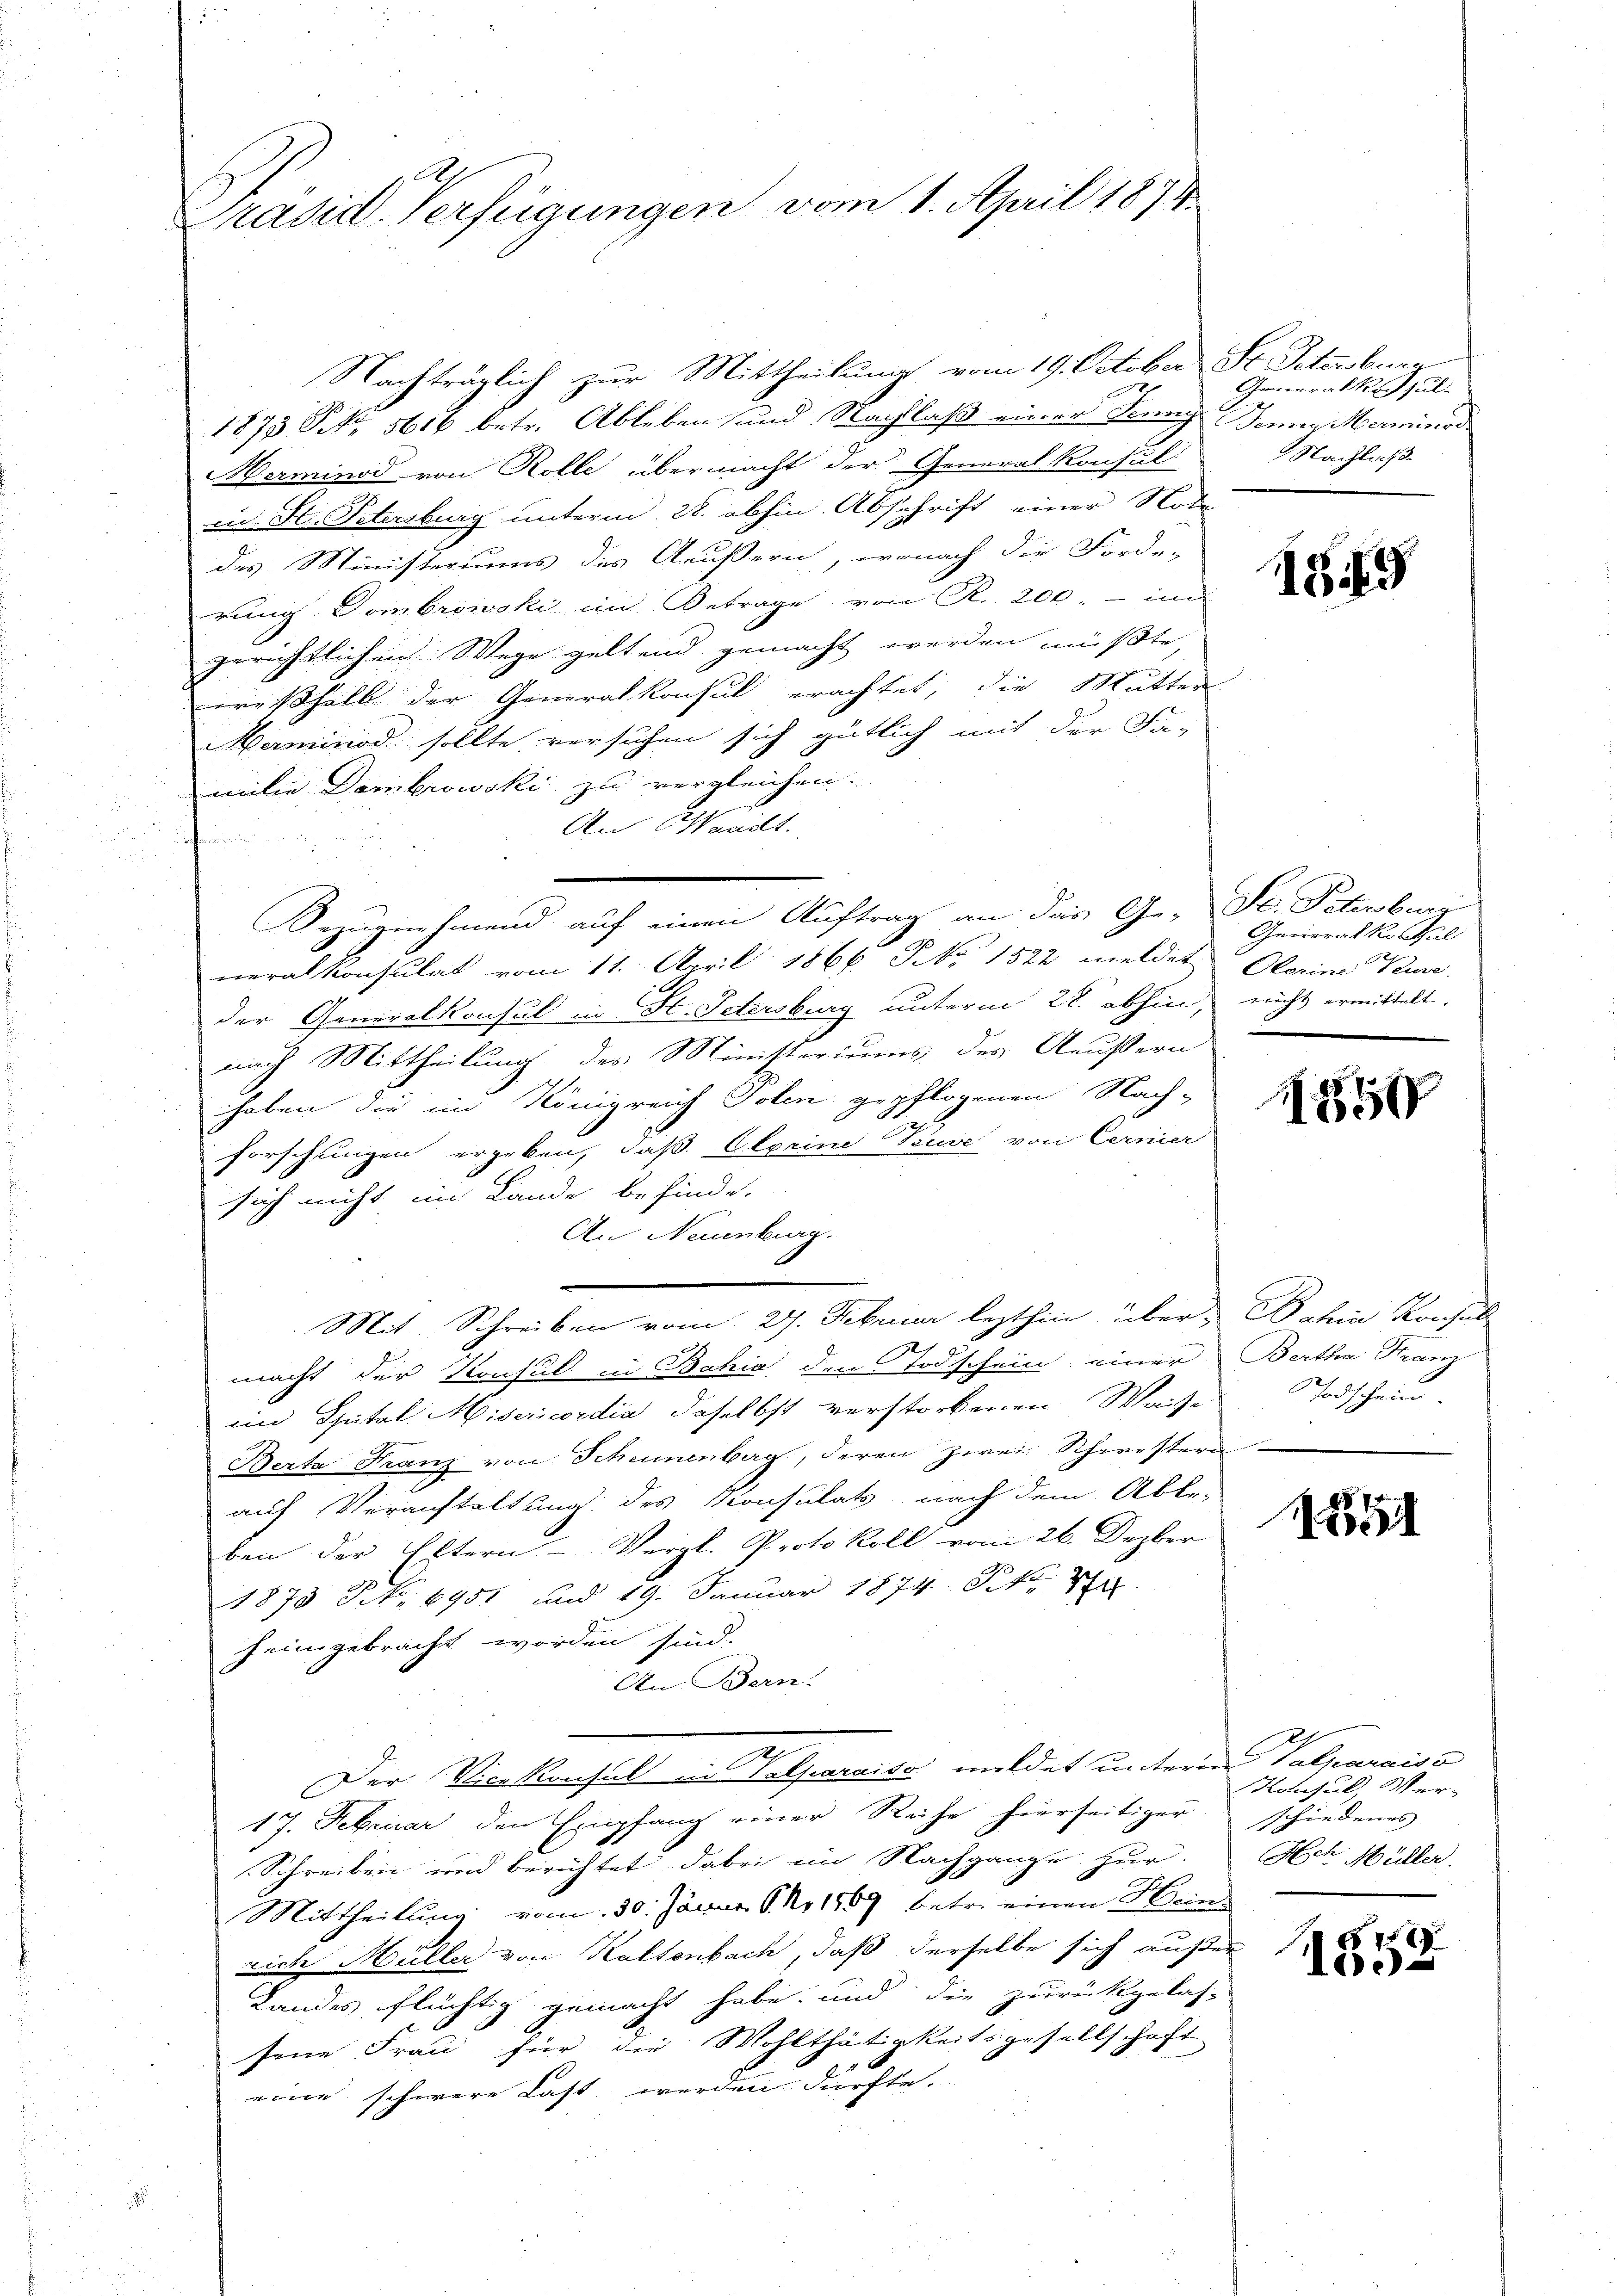
Präsid. Verfügungen vom 1. April 1874

Nachträglich zur Mittheilung vom 19. October St. Petersbura
1875 No 5616 betr. Ableben und Nachlaß einer Sonng Jennen Merminor
Merminod von Rolle übermacht der Generalkonsul-
in St. Petersburg unterm 28. abhin Abschrift einer Node
des Ministeriums des Aeussern, wonach die Forde-
rung Dom browski in Betrage von R. 200. - im
gerichtlichen Wege geltend gemacht werden müßte,
wreßhalb der Generalkonsul erachtet, die Mutter
Merminod sollte, versuchen sich gütlich mit der Fa-
milie Dembrowski zu vergleichen.
An Marilt.
Bezugnehmend auf einen Auftrag an das Ge- St. Petersburg
neralkonsulat vom 11. April 1866 No 1522 meldet Alarine Kure
der Generalkonsul in St. Petersburg unterm 22. abhin, nicht ermittelt.
nach Mittheilung des Ministeriums des Aeußern
haben die im Königreich Solen gepflogenen Nach-
forschungen ergeben, daß Oberine Zuve von Cernier
sich nicht im Lande befinde.
An Neuenburg.
Mit. Schreiben vom 27. Februar lezthin über Dahin Konsoll
macht der Konsul in Bahia den Todschein einer Bertha Franz
eim Spital Misericordia, daselbst verstorbenen Waise
Berta Franz von Scheunenberg, deren zwei Schwestern
auf Veranstaltung des Konsulats, nach dem Abbe-
ben der Eltern- Vergl. Protokoll vom 26. Dezber
1875 Frk. 6951 und 19. Januar 1874. St.
heimgebracht worden sind.
An Bern.
Der Vicekonsul in Velparaise mildet unterm Valparaiso
17. Februar den Empfang einer Reihe hierseitiger
Schreiben und berichtet dabei im Nachgange zur. Ach Müller.
Mittheilung vom 30. Jänne, S. Nr. 1869 betr. einen Hein-
rich Müller von Kaltenbach, daß derselbe sich außer
Landes flüchtig gemacht habe, und die zurückgelas-
sene Frau für die Wohlthätigkeitsgesellschaft
eine schwere Last werden dürfte.

Generalkonsul-
Nachlag

1849

Generalkostel

1850

Todschein

1251

Konsul Ver-
schiedenes |

758
10